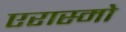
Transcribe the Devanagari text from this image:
एरास्मो